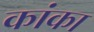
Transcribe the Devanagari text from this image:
कांका